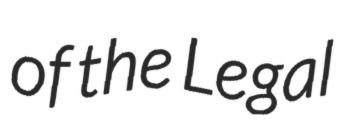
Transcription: of the Legal